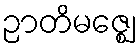
ဉာတိမဇ္ဈေ